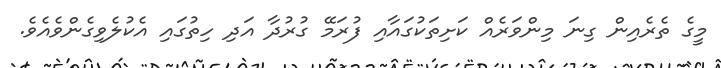
މީގެ ތެރެއިން ގިނަ މިންވަރެއް ކަށިތަކުގައާއި ފުރަމޭ ގުރުދާ އަދި ހިތުގައި އެކުލެވިގެންވެއެވެ.